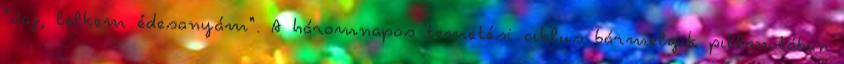
"Jaj, lelkem édesanyám". A háromnapos temetési ciklus bármelyik pillanatában